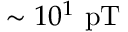
\sim 1 0 ^ { 1 } ~ \mathrm { p T }